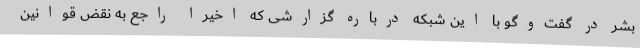
بشر در گفت‌وگو با این شبکه درباره گزارشی که اخیرا راجع به نقض قوانین